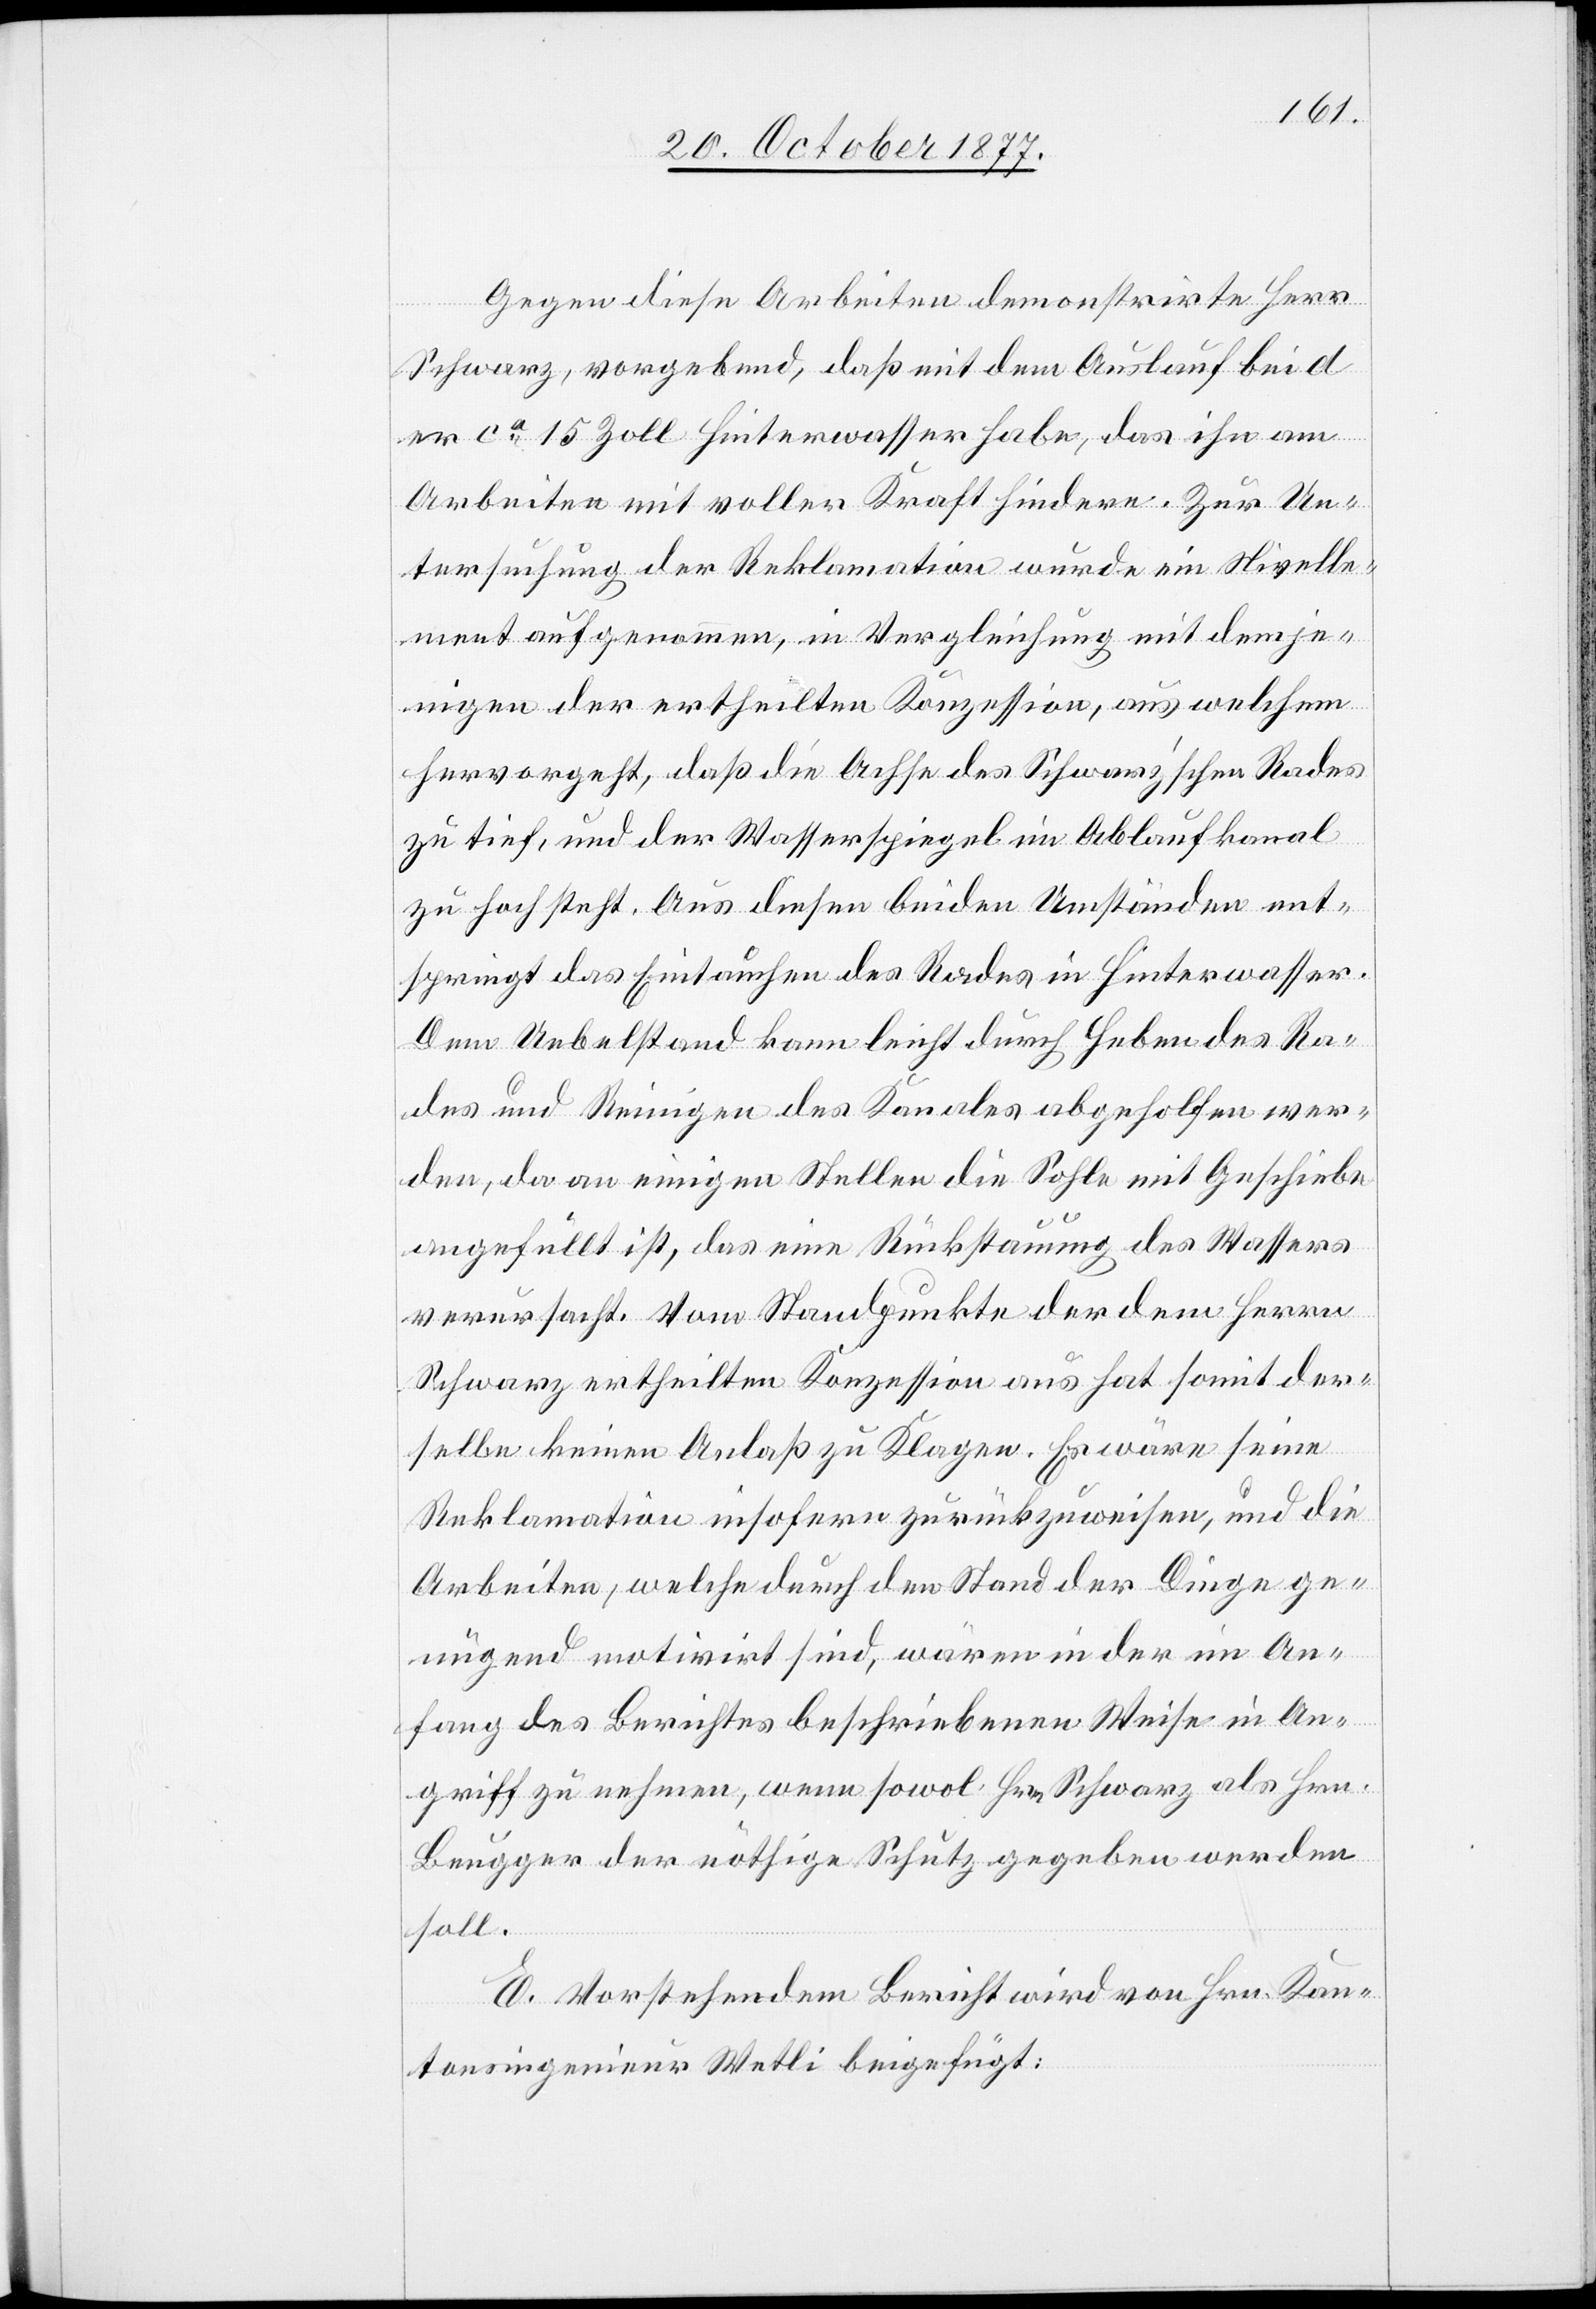
Gegen diese Arbeiten demonstrirte Herr
Schwarz, vorgebend, daß mit dem Auslauf bei d
er ca 15 Zoll Hinterwasser habe, das ihn am
Arbeiten mit voller Kraft hindere. Zur Un¬
tersuchung der Reklamation wurde ein Nivelle¬
ment aufgenommen, in Vergleichung mit demje¬
nigen der ertheilten Konzession, aus welchem
hervorgeht, daß die Achse des Schwarz’schen Rades
zu tief, und der Wasserspiegel im Ablaufkanal
zu hoch steht. Aus diesen beiden Umständen ent¬
springt das Eintauchen des Rades in Hinterwasser.
Dem Uebelstand kann leicht durch Heben des Ra¬
des und Reinigen des Kanales abgeholfen wer¬
den, da an einigen Stellen die Sohle mit Geschiebe
angefüllt ist, das eine Rückstauung des Wassers
verursacht. Vom Standpunkte der dem Herrn
Schwarz ertheilten Konzession aus hat somit der¬
selbe keinen Anlaß zu Klagen. Es wäre seine
Reklamation insofern zurückzuweisen, und die
Arbeiten, welche durch den Stand der Dinge ge¬
nügend motivirt sind, wären in der im An¬
fang des Berichtes beschriebenen Weise in An¬
griff zu nehmen, wenn sowol Hrn. Schwarz als Hrn.
Beugger der nöthige Schutz gegeben werden
soll.
E. Vorstehendem Bericht wird von Hrn. Kan¬
tonsingenieur Wetli beigefügt: